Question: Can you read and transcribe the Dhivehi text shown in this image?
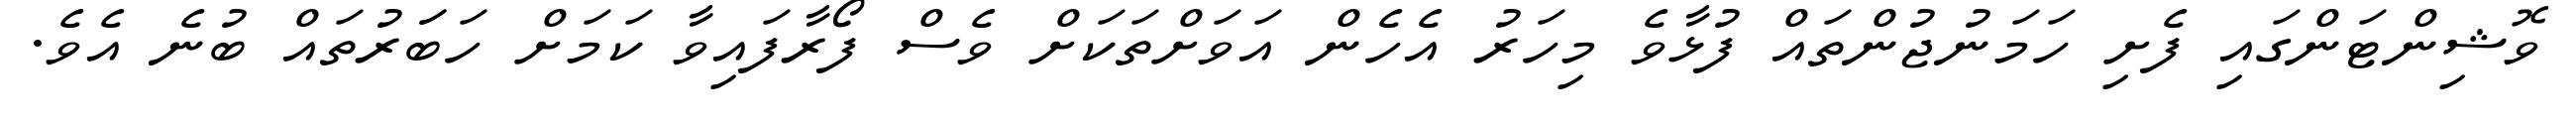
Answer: ވޮޝިންޓަންގައި ފެށި ހަމަނުޖުންތައް ފުޅާވެ މިހަރު އެހެން އަވަށްތަކަށް ވެސް ފޯރާފައިވާ ކަމަށް ހަބަަރުތައް ބުނެ އެވެ.